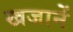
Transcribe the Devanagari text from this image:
खजानें